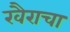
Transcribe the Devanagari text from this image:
खैराचा